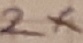
Text: 2X